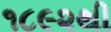
૧૮૯૨થી